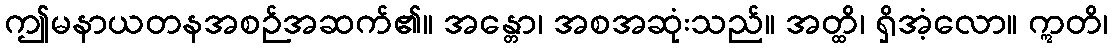
ဤမနာယတနအစဉ်အဆက်၏။ အန္တော၊ အစအဆုံးသည်။ အတ္ထိ၊ ရှိအံ့လော။ ဣတိ၊